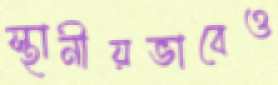
স্থানীয়ভাবেও